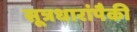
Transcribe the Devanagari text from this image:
सूत्रधारांपैकी